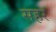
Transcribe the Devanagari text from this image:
सहर